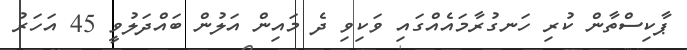
ޕާކިސްތާން ކުރި ހަނގުރާމައެއްގައި ވަކިވި ދެ މައިން އަލުން ބައްދަލުވީ 45 އަހަރު